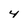
Character: 4